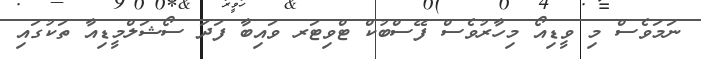
ނަމަވެސް މި ވީޑިއޯ މިހާރުވެސް ފޭސްބުކް ޓްވިޓަރ ވައިބާ ފަދަ ސޯޝަލްމީޑިއާ ތަކުގައި